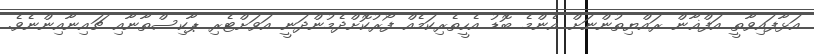
އަޅާފައިވާތީ އަފްޣާން ރައްޔިތުންނަށް އެންމެ ބޮޑު އެހީތެރިކަމެއް ފޯރުކޮށްދެމުންދަނީ އަވަށްޓެރި ޕާކިސްތާނާއި ޗައިނާއިންނެވެ.